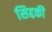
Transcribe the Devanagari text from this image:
सिद्दकी